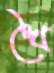
খৈ